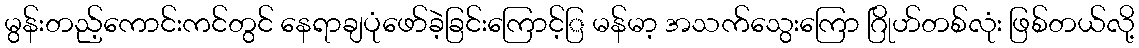
မွန်းတည့်ကောင်းကင်တွင် နေရာချပုံဖော်ခဲ့ခြင်းကြောင့်ြ မန်မာ့ အသက်သွေးကြော ဂြိုဟ်တစ်လုံး ဖြစ်တယ်လို့